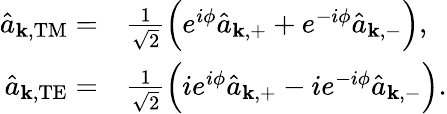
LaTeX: \begin{array}{rl}{\hat{a}_{\mathbf{k},\mathrm{TM}}=}&{{}\frac{1}{\sqrt{2}}\Big(e^{i\phi}\hat{a}_{\mathbf{k},+}+e^{-i\phi}\hat{a}_{\mathbf{k},-}\Big),}\\ {\hat{a}_{\mathbf{k},\mathrm{TE}}=}&{{}\frac{1}{\sqrt{2}}\Big(ie^{i\phi}\hat{a}_{\mathbf{k},+}-ie^{-i\phi}\hat{a}_{\mathbf{k},-}\Big).}\end{array}